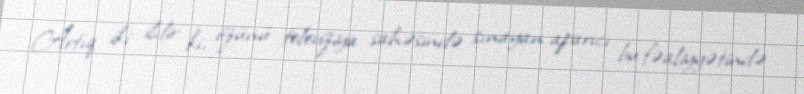
Artıq iki ildir ki, özünü televiziya sahəsində sınayan aparıcı bu fəaliyyətində